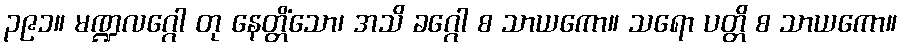
၃၉၁။ မဏ္ဍလဂ္ဂေါ တု နေတ္တိံသော၊ အသိ ခဂ္ဂေါ စ သာယကော။ သရော ပတ္တိ စ သာယကော။